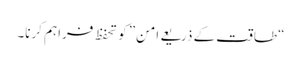
“طاقت کے ذریعے امن” کو تحفظ فراہم کرنا۔